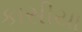
કાસીયા